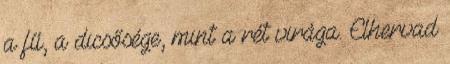
a fű, a dicsősége, mint a rét virága. Elhervad